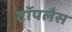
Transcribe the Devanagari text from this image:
टॉपलैस